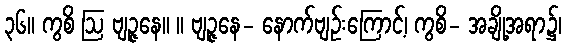
၃၆။ ကွစိ ဩ ဗျဉ္ဇနေ။ ။ ဗျဉ္ဇနေ- နောက်ဗျဉ်းကြောင့်၊ ကွစိ- အချို့အရာ၌၊